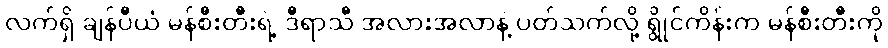
လက်ရှိ ချန်ပီယံ မန်စီးတီးရဲ့ ဒီရာသီ အလားအလာနဲ့ ပတ်သက်လို့ ရွိုင်ကိန်းက မန်စီးတီးကို